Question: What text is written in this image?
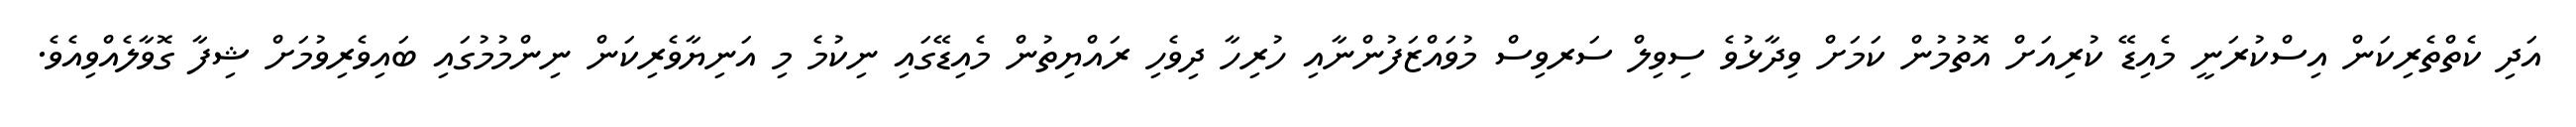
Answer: އަދި ކެތްތެރިކަން އިސްކުރަނީ މެއިޑޭ ކުރިއަށް އޮތުމުން ކަމަށް ވިދާޅުވެ ސިވިލް ސަރވިސް މުވައްޒަފުންނާއި ހުރިހާ ދިވެހި ރައްޔިތުން މެއިޑޭގައި ނިކުމެ މި އަނިޔާވެރިކަން ނިންމުމުގައި ބައިވެރިވުމަށް ޝިފާ ގޮވާލެއްވިއެވެ.